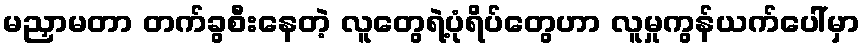
မညှာမတာ တက်ခွစီးနေတဲ့ လူတွေရဲ့ပုံရိပ်တွေဟာ လူမှုကွန်ယက်ပေါ်မှာ